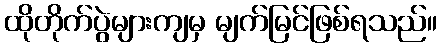
ထိုတိုက်ပွဲများကျမှ မျက်မြင်ဖြစ်ရသည်။